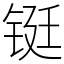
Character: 铤